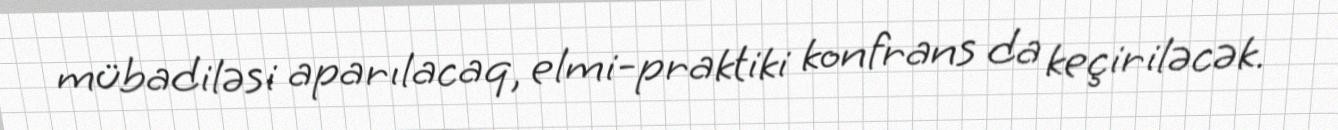
mübadiləsi aparılacaq, elmi-praktiki konfrans da keçiriləcək.